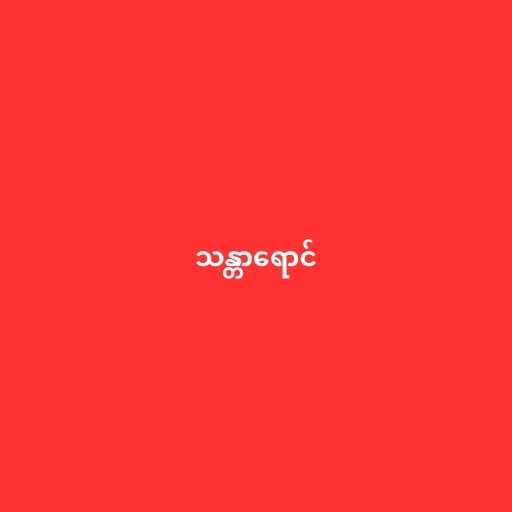
သန္တာရောင်